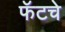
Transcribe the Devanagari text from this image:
फॅटचे